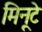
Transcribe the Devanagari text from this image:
मिनूटे